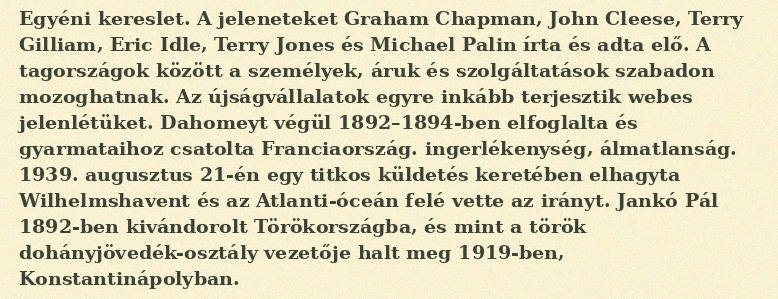
Egyéni kereslet. A jeleneteket Graham Chapman, John Cleese, Terry Gilliam, Eric Idle, Terry Jones és Michael Palin írta és adta elő. A tagországok között a személyek, áruk és szolgáltatások szabadon mozoghatnak. Az újságvállalatok egyre inkább terjesztik webes jelenlétüket. Dahomeyt végül 1892–1894-ben elfoglalta és gyarmataihoz csatolta Franciaország. ingerlékenység, álmatlanság. 1939. augusztus 21-én egy titkos küldetés keretében elhagyta Wilhelmshavent és az Atlanti-óceán felé vette az irányt. Jankó Pál 1892-ben kivándorolt Törökországba, és mint a török dohányjövedék-osztály vezetője halt meg 1919-ben, Konstantinápolyban.